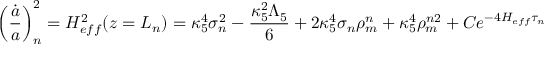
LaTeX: \left( \frac { \dot { a } } { a } \right) _ { n } ^ { 2 } = H _ { e f f } ^ { 2 } ( z = L _ { n } ) = \kappa _ { 5 } ^ { 4 } \sigma _ { n } ^ { 2 } - \frac { \kappa _ { 5 } ^ { 2 } \Lambda _ { 5 } } { 6 } + 2 \kappa _ { 5 } ^ { 4 } \sigma _ { n } \rho _ { m } ^ { n } + \kappa _ { 5 } ^ { 4 } \rho _ { m } ^ { n 2 } + C e ^ { - 4 H _ { e f f } \tau _ { n } }